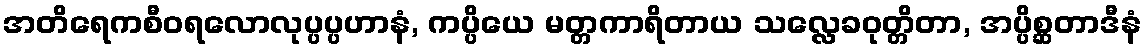
အတိရေကစီဝရလောလုပ္ပပ္ပဟာနံ, ကပ္ပိယေ မတ္တကာရိတာယ သလ္လေခဝုတ္တိတာ, အပ္ပိစ္ဆတာဒီနံ